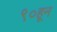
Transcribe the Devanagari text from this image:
९०हून